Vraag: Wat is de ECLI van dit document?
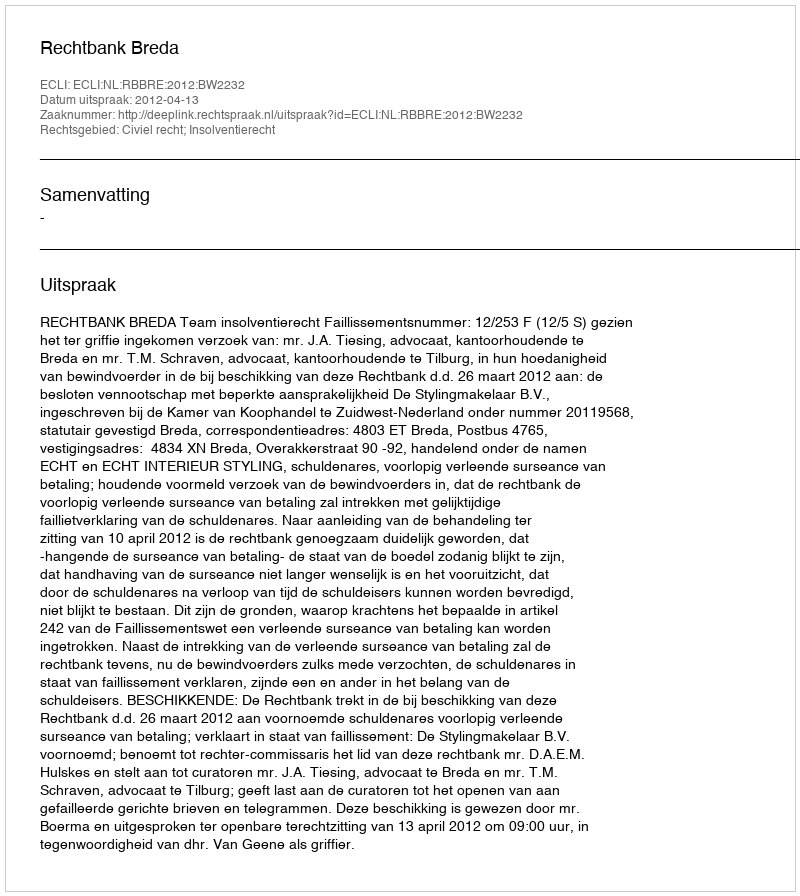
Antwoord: ECLI:NL:RBBRE:2012:BW2232